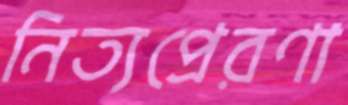
নিত্যপ্রেরণা